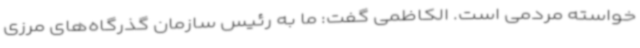
خواسته مردمی است. الکاظمی گفت: ما به رئیس سازمان گذرگاه‌های مرزی